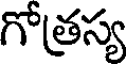
గోత్రస్య